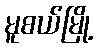
မူစယ်မြို့